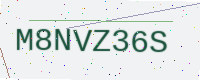
Text: M8NVZ36S